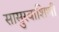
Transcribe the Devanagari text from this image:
सासुरवाशिणी